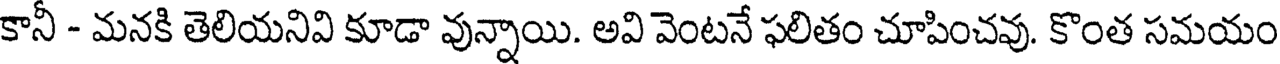
కానీ - మనకి తెలియనివి కూడా వున్నాయి. అవి వెంటనే ఫలితం చూపించవు. కొంత సమయం